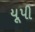
યૂપી